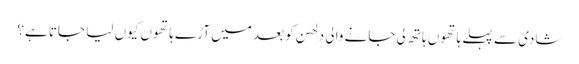
شادی سے پہلے ہاتھوں ہاتھ لی جانے والی دلھن کو بعد میں آڑے ہاتھوں کیوں لیا جاتا ہے؟